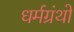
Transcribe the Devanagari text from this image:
धर्मग्रंथो